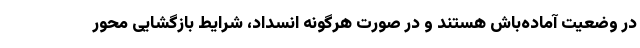
در وضعیت آماده‌باش هستند و در صورت هرگونه انسداد، شرایط بازگشایی محور